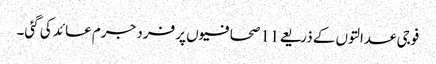
فوجی عدالتوں کے ذریعے 11 صحافیوں پر فرد جرم عائد کی گئی۔